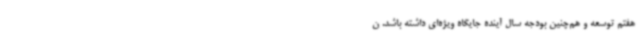
هفتم توسعه و هم‌چنین بودجه سال آینده جایگاه ویژه‌ای داشته باشد. ن